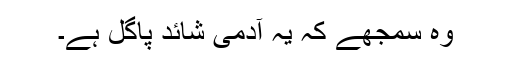
وہ سمجھے کہ یہ آدمی شائد پاگل ہے۔